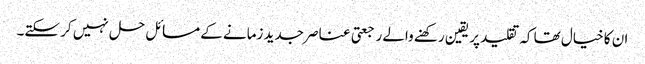
ان کا خیال تھا کہ تقلید پر یقین رکھنے والے رجعتی عناصر جدید زمانے کے مسائل حل نہیں کر سکتے۔